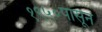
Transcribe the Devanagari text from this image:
१९५०पासून